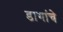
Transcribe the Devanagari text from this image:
डागांचे